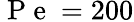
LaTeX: \mathrm{~P~e~}=200